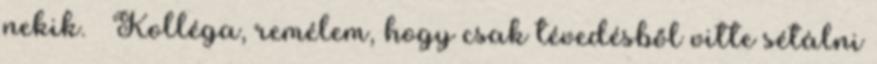
nekik. – Kolléga, remélem, hogy csak tévedésből vitte sétálni